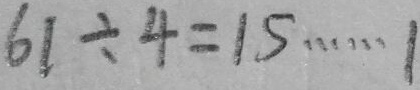
6 1 \div 4 = 1 5 \cdots 1